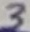
Text: 3